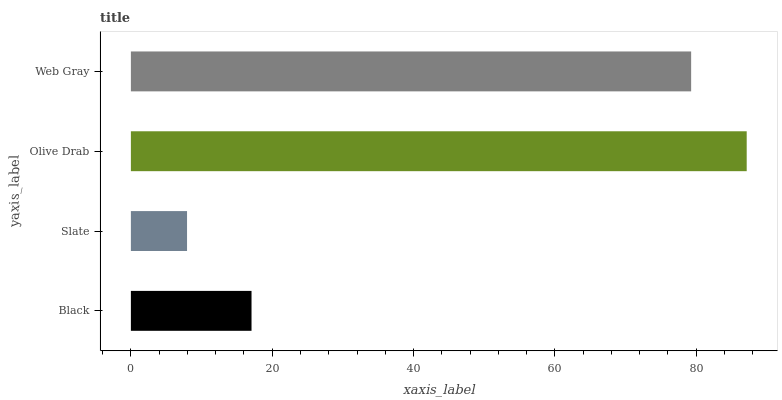
| yaxis_label | bars |
 | --- | --- |
 | Black | 17.1 |
 | Slate | 7.95 |
 | Olive Drab | 87.1 |
 | Web Gray | 79.3 |